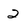
Character: 2